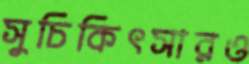
সুচিকিৎসারও